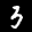
Label: 3